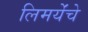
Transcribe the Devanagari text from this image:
लिमयेंंचे